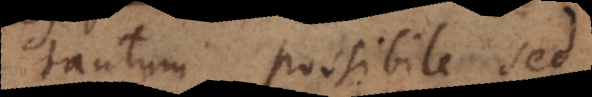
tantum possibile sed